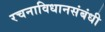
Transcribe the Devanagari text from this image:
रचनाविधानसंबंधी